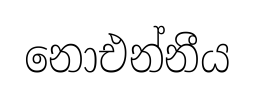
නොඑන්නීය